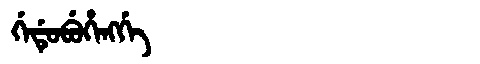
Manchu: ᡤᡝᡩᡠᠪᡠᡥᡝᠩᡤᡝ
Romanization: GEDUBUHENGGE